Report on vaccination in Madras 1895-1903 - 1895-1903
Year: 1895
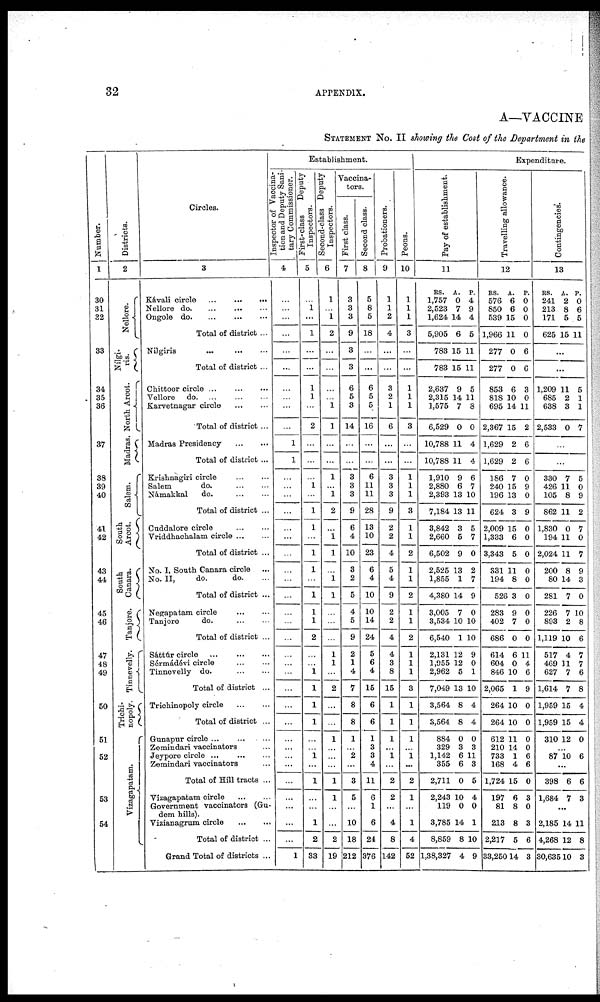
32
APPENDIX.
A—VACCINE
STATEMENT No. II showing the Cost of the Department in the
Number.
1
30
31
32
33
34
35
36
37
38
39
40
41
42
43
44
45
46
47
48
49
50
51
52
53
54
Districts.
2
Nellore.
Nílgi-
ris.
North Arcot.
Madras.
Salem.
South
Arcot.
South
Canara.
Tanjore.
Tinnevelly.
Trichi-
nopoly.
Vizagapatam.
Circles.
3
Kávali circle
...
...
...
Nellore d
o
. ... ... ...
Ongole do.
...
...
...
Total of district ...
Nilgiris
...
...
...
Total of district ...
Chittoor circle
...
...
...
Vellore d
o
. ... ... ...
Karvetnagar circle
...
...
Total of district ...
Madras Presidency
...
...
Total of district ...
Krishnagiri circle ... ...
Salem
do.
...
...
Námakkal
do.
...
...
Total of district ...
Cuddalore circle
...
...
Vriddhachalam circle ... ...
Total of district ...
No. I, South Canara circle ...
No. II,
do.
do. ...
Total of district ...
Negapatam circle
...
...
Tanjore
do.
...
...
Total of district ...
Sáttúr circle
...
...
...
Sérmádévi circle
...
...
Tinnevelly do. ... ...
Total of district ...
Trichinopoly circle
...
...
Total of district ...
Gunapur circle ... ... ...
Zemindari vaccinators ...
Jeypore circle
...
...
...
Zemindari vaccinators ...
Total of Hill tracts ...
Vizagapatam circle
...
...
Government vaccinators (Gu-
dem hills).
Vizianagrum circle
...
...
Total of district ...
Grand Total of districts ...
Establishment.
Inspector of vaccina-
tion and Deputy Sani-
tary Commissioner.
4
...
...
...
...
...
...
...
...
...
...
1
1
...
...
...
...
...
...
...
...
...
...
...
...
...
...
...
...
...
...
...
...
...
...
...
...
...
...
...
...
1
First-class
Deputy
Inspectors.
5
...
1
...
1
...
...
1
1
...
2
...
...
...
1
...
1
1
...
1
1
...
1
1
1
2
...
...
1
1
1
1
...
...
1
...
1
...
...
1
2
33
Second-class Deputy
Inspectors.
6
1
...
1
2
...
...
...
...
1
1
...
...
1
...
1
2
...
1
1
...
1
1
...
...
...
1
1
...
2
...
...
1
...
...
...
1
1
...
...
2
19
Vaccina-
tors.
First class.
7
3
3
3
9
3
3
6
5
3
14
...
...
3
3
3
9
6
4
10
3
2
5
4
5
9
2
1
4
7
8
8
1
...
2
...
3
5
...
10
18
212
Second class.
8
5
8
5
18
...
...
6
5
5
16
...
...
6
11
11
28
13
10
23
6
4
10
10
14
24
5
6
4
15
6
6
1
3
3
4
11
6
1
6
24
376
Probationers.
9
1
1
2
4
...
...
3
2
1
6
...
...
3
3
3
9
2
2
4
5
4
9
2
2
4
4
3
8
15
1
1
1
...
1
...
2
2
...
4
8
142
Peons.
10
1
1
1
3
...
...
1
1
1
3
...
...
1
1
1
3
1
1
2
1
1
2
1
1
2
1
1
1
3
1
1
1
...
1
...
2
1
...
1
4
52
Expenditure.
Pay of establishment.
11
RS.
1,757
2,523
1,624
5,905
783
783
2,637
2,315
1,575
6,529
10,788
10,788
1,910
2,880
2,393
7,184
3,842
2,660
6,502
2,525
1,855
4,380
3,005
3,534
6,540
2,131
1,955
2,962
7,049
3,564
3,564
884
329
1,142
355
2,711
2,243
119
3,785
8,859
1,38,327
A.
0
7
14
6
15
15
9
14
7
0
11
11
9
6
13
13
3
5
9
13
1
14
7
10
1
12
12
5
13
8
8
0
3
6
6
0
10
0
14
8
4
P.
4
9
4
5
11
11
5
11
8
0
4
4
6
7
10
11
5
7
0
2
7
9
0
10
10
9
0
1
10
4
4
0
3
11
3
5
4
0
1
10
9
Travelling allowance.
12
RS.
576
850
539
1,966
277
277
853
818
695
2,367
1,629
1,629
186
240
196
624
2,009
1,333
3,343
331
194
526
283
402
686
614
604
846
2,065
264
264
612
210
733
168
1,724
197
81
213
2,217
33,250
A.
6
6
15
11
0
0
6
10
14
15
2
2
7
15
13
3
15
6
5
11
8
3
9
7
0
6
0
10
1
10
10
11
14
1
4
15
6
8
8
5
14
P.
0
0
0
0
6
6
3
0
11
2
6
6
0
9
0
9
0
0
0
0
0
0
0
0
0
11
4
6
9
0
0
0
0
6
6
0
3
0
3
6
3
Contingencies.
13
RS.
241
213
171
625
A.
2
8
5
15
P.
0
6
5
11
...
...
1,209
685
638
2,533
11
2
3
0
5
1
1
7
...
...
330
426
105
862
1,830
194
2,024
200
80
281
226
893
1,119
517
469
627
1,614
1,959
1,959
310
7
11
8
11
0
11
11
8
14
7
7
2
10
4
11
7
7
15
15
12
5
0
9
2
7
0
7
9
3
0
10
8
6
7
7
6
8
4
4
0
...
87 10 6
...
398
1,684
6
7
6
3
...
2,185
4,268
30,635
14
12
10
11
8
3